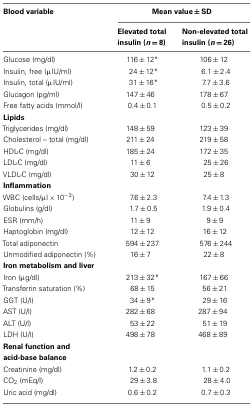
| Blood variable | <COLSPAN=2> Mean value ± SD |
 |  | Elevated total insulin (n = 8) | Non-elevated total insulin (n = 26) |
 | --- | --- | --- |
 | Glucose (mg/dl) | 116 ± 12* | 106 ± 12 |
 | Insulin, free (μIU/ml) | 24 ± 12* | 6.1 ± 2.4 |
 | Insulin, total (μIU/ml) | 31 ± 16* | 7.7 ± 3.6 |
 | Glucagon (pg/ml) | 147 ± 46 | 178 ± 67 |
 | Free fatty acids (mmol/l) | 0.4 ± 0.1 | 0.5 ± 0.2 |
 | Lipids |
 | Triglycerides (mg/dl) | 148 ± 59 | 123 ± 39 |
 | Cholesterol – total (mg/dl) | 211 ± 24 | 219 ± 58 |
 | HDL-C (mg/dl) | 185 ± 24 | 172 ± 35 |
 | LDL-C (mg/dl) | 11 ± 6 | 25 ± 26 |
 | VLDL-C (mg/dl) | 30 ± 12 | 25 ± 8 |
 | Inflammation |
 | WBC (cells/μl × 10−3) | 7.6 ± 2.3 | 7.4 ± 1.3 |
 | Globulins (g/dl) | 1.7 ± 0.5 | 1.9 ± 0.4 |
 | ESR (mm/h) | 11 ± 9 | 9 ± 9 |
 | Haptoglobin (mg/dl) | 12 ± 12 | 16 ± 12 |
 | Total adiponectin | 594 ± 237 | 576 ± 244 |
 | Unmodified adiponectin (%) | 16 ± 7 | 22 ± 8 |
 | Iron metabolism and liver |
 | Iron (μg/dl) | 213 ± 32* | 167 ± 66 |
 | Transferrin saturation (%) | 68 ± 15 | 56 ± 21 |
 | GGT (U/l) | 34 ± 9* | 29 ± 16 |
 | AST (U/l) | 282 ± 68 | 287 ± 94 |
 | ALT (U/l) | 53 ± 22 | 51 ± 19 |
 | LDH (U/l) | 498 ± 78 | 468 ± 89 |
 | Renal function and acid-base balance |
 | Creatinine (mg/dl) | 1.2 ± 0.2 | 1.1 ± 0.2 |
 | CO2 (mEq/l) | 29 ± 3.8 | 28 ± 4.0 |
 | Uric acid (mg/dl) | 0.6 ± 0.2 | 0.7 ± 0.3 |